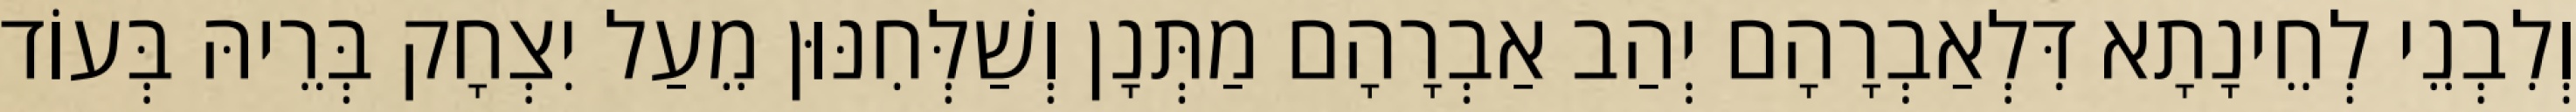
וְלִבְנֵי לְחֵינָתָא דִּלְאַבְרָהָם יְהַב אַבְרָהָם מַתְּנָן וְשַׁלְּחִנּוּן מֵעַל יִצְחָק בְּרֵיהּ בְּעוֹד